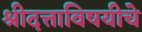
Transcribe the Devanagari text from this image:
श्रीदत्ताविषयीचे